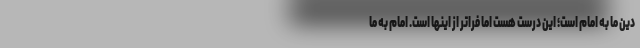
دین ما به امام است؛ این درست هست اما فراتر از اینها است. امام به ما